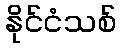
နိုင်ငံသစ်